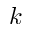
k